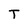
Character: T